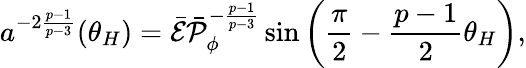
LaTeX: a^{-2{\frac{p-1}{p-3}}}(\theta_{H})=\bar{\cal E}\bar{\cal P}_{\phi}^{-{\frac{p-1}{p-3}}}\sin\left({\frac{\pi}{2}}-{\frac{p-1}{2}}\theta_{H}\right),